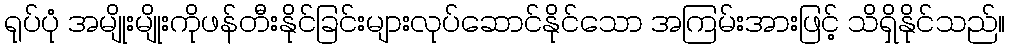
ရုပ်ပုံ အမျိုးမျိုးကိုဖန်တီးနိုင်ခြင်းများလုပ်ဆောင်နိုင်သော အကြမ်းအားဖြင့် သိရှိနိုင်သည်။